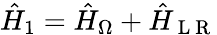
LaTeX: \hat{H}_{1}=\hat{H}_{\Omega}+\hat{H}_{\mathrm{~L~R~}}